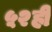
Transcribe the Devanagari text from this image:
५२ही